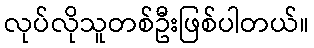
လုပ်လိုသူတစ်ဦးဖြစ်ပါတယ်။